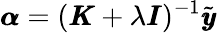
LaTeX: \pmb{\alpha}=(\pmb{K}+\lambda\pmb{I})^{-1}\tilde{\pmb{y}}